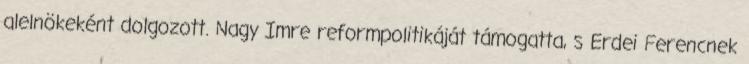
alelnökeként dolgozott. Nagy Imre reformpolitikáját támogatta, s Erdei Ferencnek